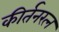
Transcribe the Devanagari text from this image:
कीर्तनरत्‍न